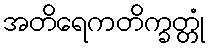
အတိရေကတိက္ခတ္တုံ